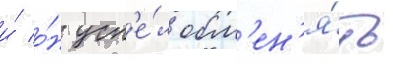
и́ о́н усп'е́л обм'ен'я́ть